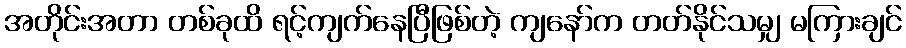
အတိုင်းအတာ တစ်ခုထိ ရင့်ကျက်နေပြီဖြစ်တဲ့ ကျနော်က တတ်နိုင်သမျှ မကြားချင်